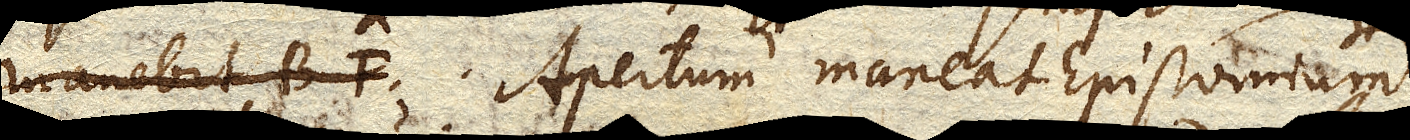
manebit BF Apertum maneat Epistomium